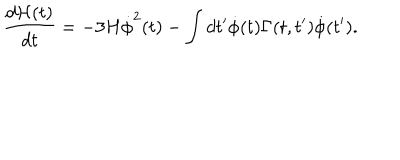
LaTeX: \frac { d { \cal H } ( t ) } { d t } = - 3 H { \dot { \phi } } ^ { 2 } ( t ) - \int d t ^ { \prime } { \dot { \phi } } ( t ) \Gamma ( t , t ^ { \prime } ) { \dot { \phi } } ( t ^ { \prime } ) .